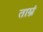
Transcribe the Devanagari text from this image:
ताम्रं